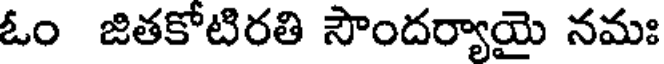
ఓం జితకోటిరతి సౌందర్యాయై నమః